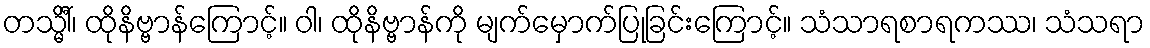
တသ္မိံါ်၊ ထိုနိဗ္ဗာန်ကြောင့်။ ဝါ၊ ထိုနိဗ္ဗာန်ကို မျက်မှောက်ပြုခြင်းကြောင့်။ သံသာရစာရကဿ၊ သံသရာ